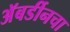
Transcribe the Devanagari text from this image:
अॅबर्डीनचा